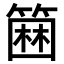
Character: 𥲢